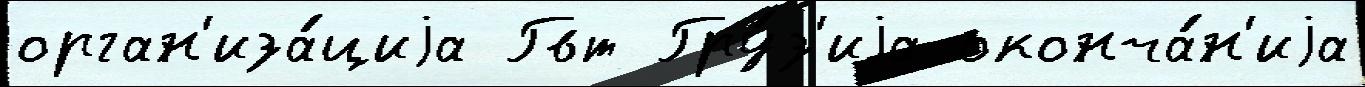
орган'иза́циjа Гвт Гру́з'иjа оконча́н'иjа